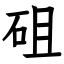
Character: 砠